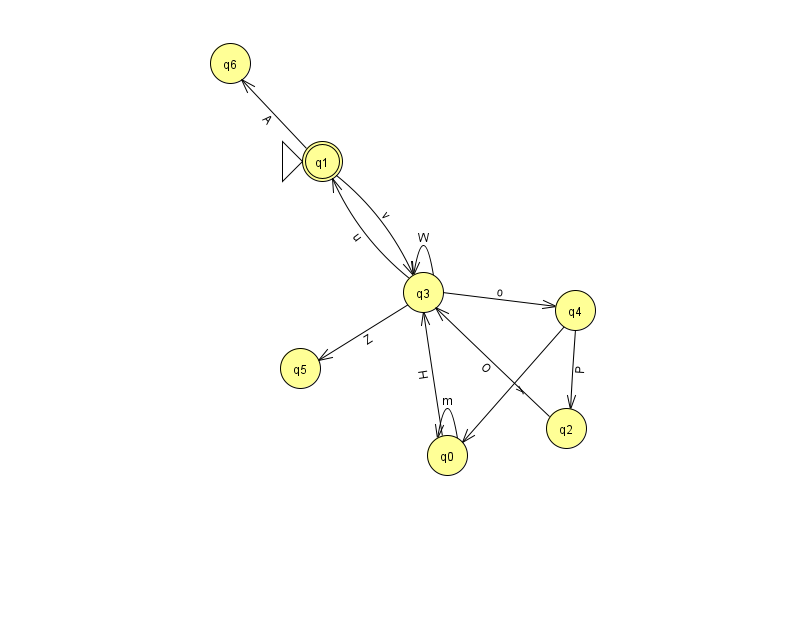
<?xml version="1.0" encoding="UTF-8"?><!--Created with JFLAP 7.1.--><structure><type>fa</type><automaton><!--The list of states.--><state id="0" name="q0"><x>447.0</x><y>442.0</y></state><state id="1" name="q1"><x>322.0</x><y>148.0</y><initial/><final/></state><state id="2" name="q2"><x>566.0</x><y>415.0</y></state><state id="3" name="q3"><x>423.0</x><y>279.0</y></state><state id="4" name="q4"><x>575.0</x><y>297.0</y></state><state id="5" name="q5"><x>300.0</x><y>355.0</y></state><state id="6" name="q6"><x>230.0</x><y>50.0</y></state><!--The list of transitions.--><transition><from>2</from><to>3</to><read>O</read></transition><transition><from>3</from><to>3</to><read>W</read></transition><transition><from>3</from><to>1</to><read>u</read></transition><transition><from>1</from><to>3</to><read>v</read></transition><transition><from>0</from><to>0</to><read>m</read></transition><transition><from>0</from><to>3</to><read>H</read></transition><transition><from>1</from><to>6</to><read>A</read></transition><transition><from>4</from><to>0</to><read>y</read></transition><transition><from>3</from><to>4</to><read>o</read></transition><transition><from>3</from><to>5</to><read>Z</read></transition><transition><from>4</from><to>2</to><read>P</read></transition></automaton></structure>